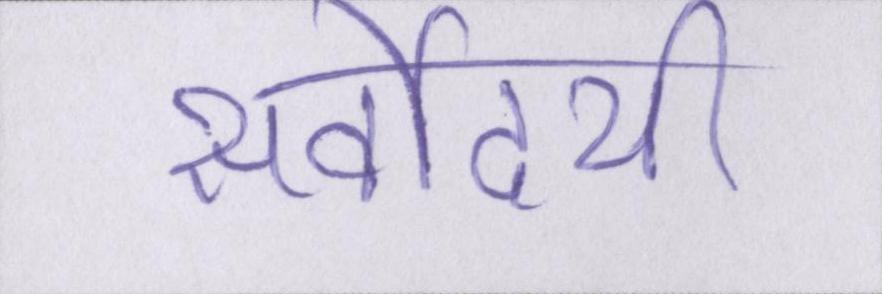
सर्वोदयी